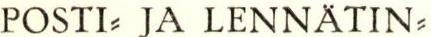
POSTI- JA LENNÄTIN-